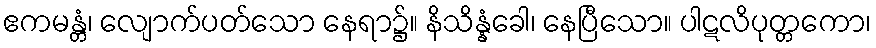
ဧကမန္တံ၊ လျောက်ပတ်သော နေရာ၌။ နိသိန္နံခေါ၊ နေပြီသော။ ပါဋလိပုတ္တကော၊